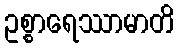
ဥစ္စာရေဿာမာတိ